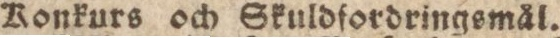
Konkurs och Skuldfordringsmål.